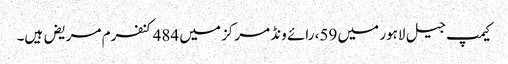
کیمپ جیل لاہور میں 59، رائے ونڈ مرکز میں 484کنفرم مریض ہیں۔